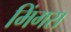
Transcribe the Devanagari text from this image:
मिंगस